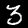
Label: 3